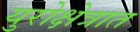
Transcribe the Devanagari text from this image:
युरोक्षेत्रात